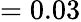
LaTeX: =0.03